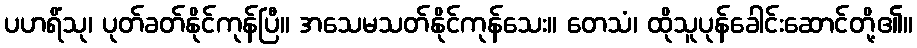
ပဟရိံသု၊ ပုတ်ခတ်နိုင်ကုန်ပြီ။ အသေမသတ်နိုင်ကုန်သေး။ တေသံ၊ ထိုသူပုန်ခေါင်းဆောင်တို့၏။